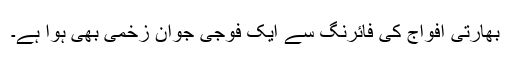
بھارتی افواج کی فائرنگ سے ایک فوجی جوان زخمی بھی ہوا ہے۔